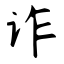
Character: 诈